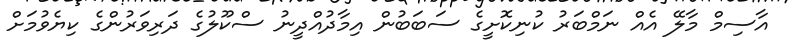
އާސިމް މާލޭ އެއް ނަމްބަރު ކުނިކޮށީގެ ސަބަބުން އިމާދުއްދީނު ސްކޫލުގެ ދަރިވަރުންގެ ކިޔެވުމަށް